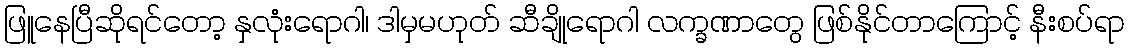
ဖြူနေပြီဆိုရင်တော့ နှလုံးရောဂါ၊ ဒါမှမဟုတ် ဆီချိုရောဂါ လက္ခဏာတွေ ဖြစ်နိုင်တာကြောင့် နီးစပ်ရာ